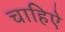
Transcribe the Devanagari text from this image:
चाहिऐ